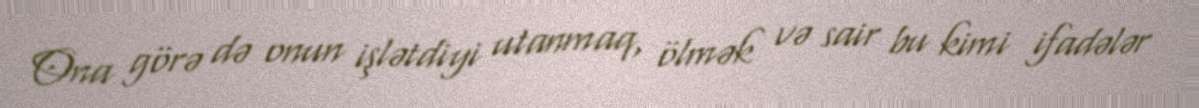
Ona görə də onun işlətdiyi utanmaq, ölmək və sair bu kimi ifadələr